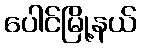
ပေါင်မြို့နယ်